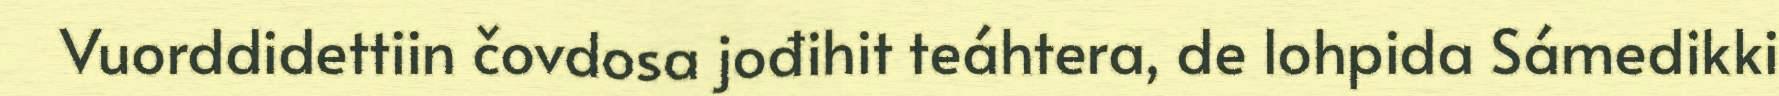
Vuorddidettiin čovdosa jođihit teáhtera, de lohpida Sámedikki